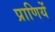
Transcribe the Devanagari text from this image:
प्राणियें